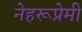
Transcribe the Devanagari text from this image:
नेहरूप्रेमी